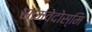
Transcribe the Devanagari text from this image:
सामवेदोस्मि